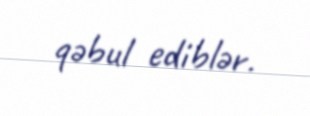
qəbul ediblər.